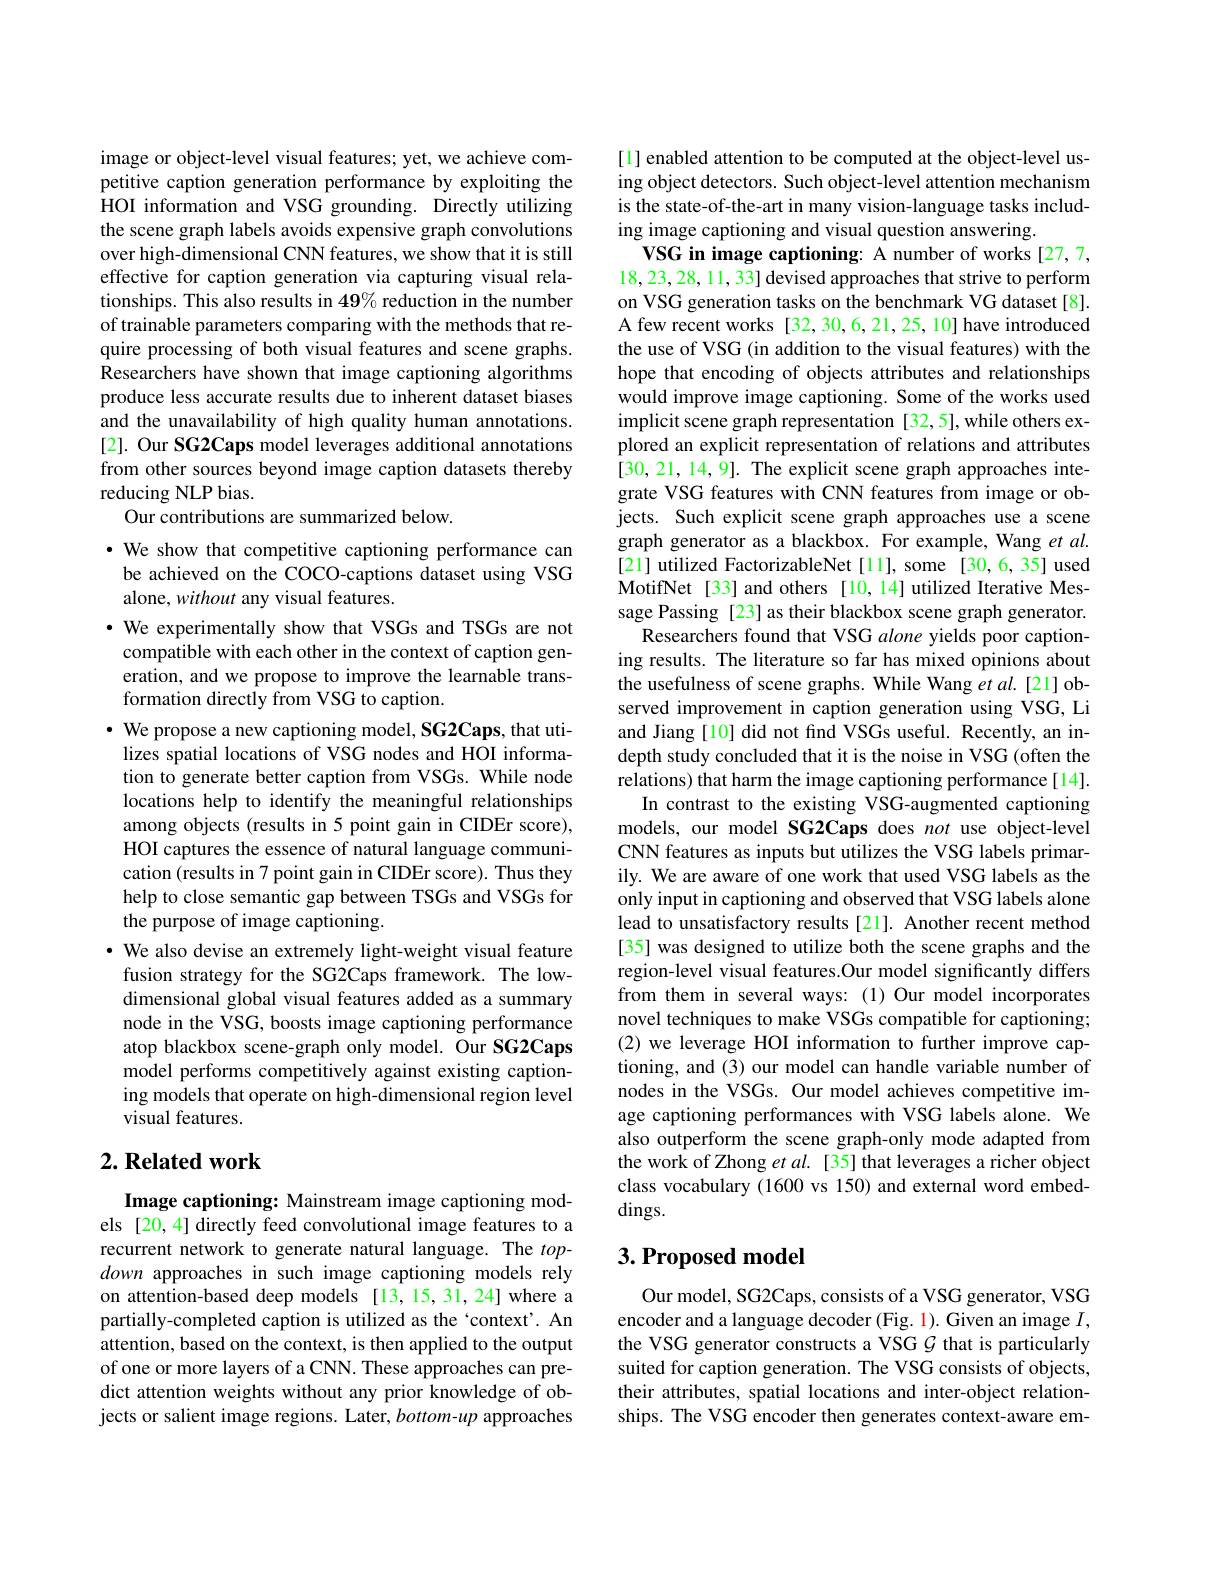
image or object-level visual features; yet, we achieve competitive caption generation performance by exploiting the HOI information and VSG grounding. Directly utilizing the scene graph labels avoids expensive graph convolutions over high-dimensional CNN features, we show that it is still effective for caption generation via capturing visual relationships. This also results in 49% reduction in the number of trainable parameters comparing with the methods that require processing of both visual features and scene graphs. Researchers have shown that image captioning algorithms produce less accurate results due to inherent dataset biases and the unavailability of high quality human annotations. [2]. Our SG2Caps model leverages additional annotations from other sources beyond image caption datasets thereby reducing NLP bias.
Our contributions are summarized below.

·We show that competitive captioning performance can be achieved on the COCO-captions dataset using VSG alone, without any visual features.
· We experimentally show that VSGs and TSGs are not compatible with each other in the context of caption generation, and we propose to improve the learnable transformation directly from VSG to caption.
· We propose a new captioning model, SG2Caps, that uti-
lizes spatial locations of VSG nodes and HOI information to generate better caption from VSGs. While node locations help to identify the meaningful relationships among objects (results in 5 point gain in CIDEr score), HOI captures the essence of natural language communication (results in 7 point gain in CIDEr score). Thus they help to close semantic gap between TSGs and VSGs for the purpose of image captioning.
· We also devise an extremely light-weight visual feature fusion strategy for the SG2Caps framework. The lowdimensional global visual features added as a summary node in the VSG, boosts image captioning performance atop blackbox scene-graph only model. Our SG2Caps model performs competitively against existing captioning models that operate on high-dimensional region level visual features.

## $2. \textbf{Related work}$

Image captioning: Mainstream image captioning models [20,4] directly feed convolutional image features to a recurrent network to generate natural language. The $top-$ down approaches in such image captioning models rely on attention-based deep models [13,15,31,24] where a partially-completed caption is utilized as the `context'. An attention, based on the context, is then applied to the output of one or more layers of a CNN. These approaches can predict attention weights without any prior knowledge of objects or salient image regions. Later, bottom-up approaches

[1] enabled attention to be computed at the object-level using object detectors. Such object-level attention mechanism is the state-of-the-art in many vision-language tasks including image captioning and visual question answering.
VSG in image captioning: A number of works [27,7, $18,23,28,11,\bar{\text{33] devised approaches that strive to perform}}$ on VSG generation tasks on the benchmark VG dataset[8]. A few recent works [32,30,6,21,25,10] have introduced the use of VSG (in addition to the visual features) with the hope that encoding of objects attributes and relationships would improve image captioning. Some of the works used implicit scene graph representation [32,5],while others explored an explicit representation of relations and attributes [30,21,14,9]. The explicit scene graph approaches integrate VSG features with CNN features from image or objects. Such explicit scene graph approaches use a scene graph generator as a blackbox. For example, Wang et $al.$ [21] utilized FactorizableNet[11],some [30,6,35] used MotifNet [33] and others [10,14] utilized Iterative Message Passing [23] as their blackbox scene graph generator.
Researchers found that VSG alone yields poor captioning results. The literature so far has mixed opinions about the usefulness of scene graphs. While Wang ét al.[21] observed improvement in caption generation using VSG, Li and Jiang [10] did not find VSGs useful. Recently, an indepth study concluded that it is the noise in VSG (often the relations) that harm the image captioning performance[14].
In contrast to the existing VSG-augmented captioning models, our model SG2Caps does not use object-level CNN features as inputs but utilizes the VSG labels primarily. We are aware of one work that used VSG labels as the only input in captioning and observed that VSG labels alone lead to unsatisfactory results[21]. Another recent method [35] was designed to utilize both the scene graphs and the region-level visual features.Our model significantly differs from them in several ways: (1) Our model incorporates novel techniques to make VSGs compatible for captioning; (2) we leverage HOI information to further improve captioning, and (3) our model can handle variable number of nodes in the VSGs. Our model achieves competitive image captioning performances with VSG labels alone. We also outperform the scene graph-only mode adapted from the work of Zhong $etal.$[35] that leverages a richer object class vocabulary (1600 vs 150) and external word embed- $\dim$gs.

# $3. \textbf{ Proposed model}$

Our model, SG2Caps, consists of a VSG generator, VSG encoder and a language decoder (Fig. 1). Given an image $I$, the VSG generator constructs a VSG $\mathcal{G}$ that is particularly suited for caption generation. The VSG consists of objects, their attributes, spatial locations and inter-object relationships. The VSG encoder then generates context-aware em-